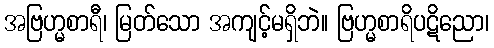
အဗြဟ္မစာရီ၊ မြတ်သော အကျင့်မရှိဘဲ။ ဗြဟ္မစာရိပဋိညော၊